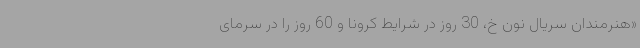
«هنرمندان سریال نون خ، 30 روز در شرایط کرونا و 60 روز را در سرمای